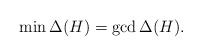
LaTeX: \begin{align*}\min \Delta(H) = \gcd \Delta(H).\end{align*}